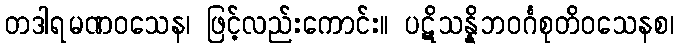
တဒါရမဏဝသေန၊ ဖြင့်လည်းကောင်း။ ပဋိသန္နိဘဝင်္ဂစုတိဝသေနစ၊